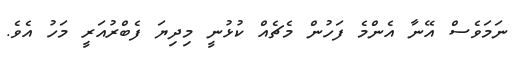
ނަމަވެސް އޭނާ އެންމެ ފަހުން މެޗެއް ކުޅުނީ މިދިޔަ ފެބްރުއަރީ މަހު އެވެ.